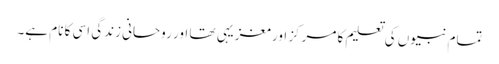
تمام نبیوں کی تعلیم کا مرکز اور مغزیہی تھا اور روحانی زندگی اسی کا نام ہے۔